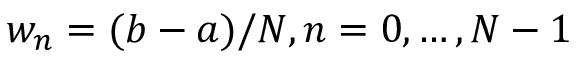
w _ { n } = ( b - a ) / N , n = 0 , \dots , N - 1